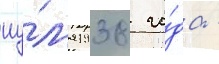
иу́л'я 1938 го́да -